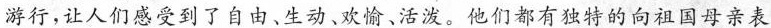
游行，让人们感受到了自由、生动、欢愉、活泼。他们都有独特的向祖国母亲表